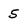
Character: 5